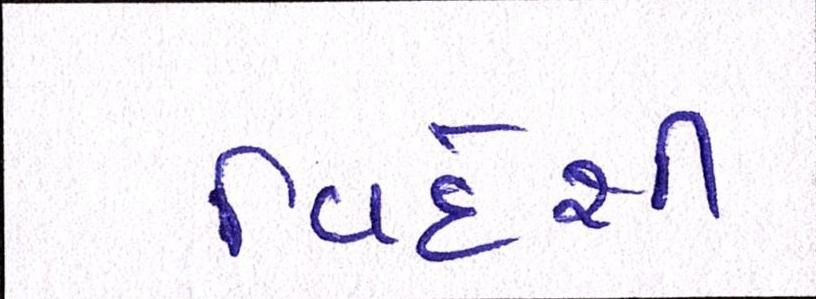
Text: વિદેશી